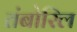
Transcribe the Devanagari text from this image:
तंबोरिल